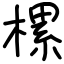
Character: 樏